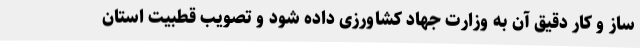
ساز و کار دقیق آن به وزارت جهاد کشاورزی داده شود و تصویب قطبیت استان